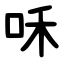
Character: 咊